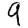
Digit: 9